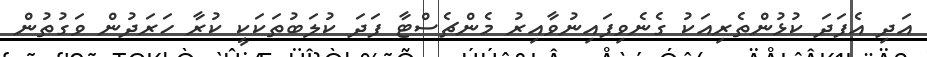
އަދި އެފަދަ ކުޅުންތެރިއަކު ގެނެވިފައިނުވާއިރު މެންޗެސްޓާ ފަދަ ކުލަބުތަކަކީ ކުރާ ހަރަދުން ވަގުތުން